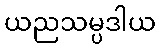
ယညသမ္ပဒါယ